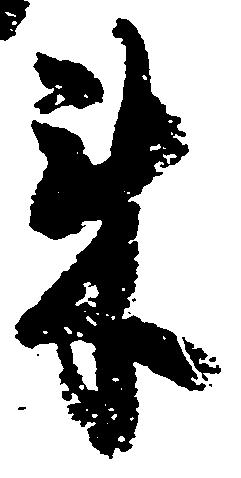
来